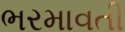
ભરમાવતી